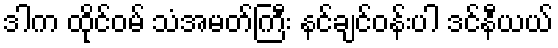
ဒါက ထိုင်ဝမ် သံအမတ်ကြီး နင်ချင်ဝန်းပါ ဒင်နီယယ်